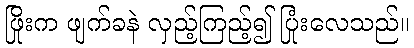
ဖြိုးက ဖျက်ခနဲ လှည့်ကြည့်၍ ပြုံးလေသည်။